65_HS1-834228961_62-HQ-83894_Section_6
Agency: FBI
Page 115
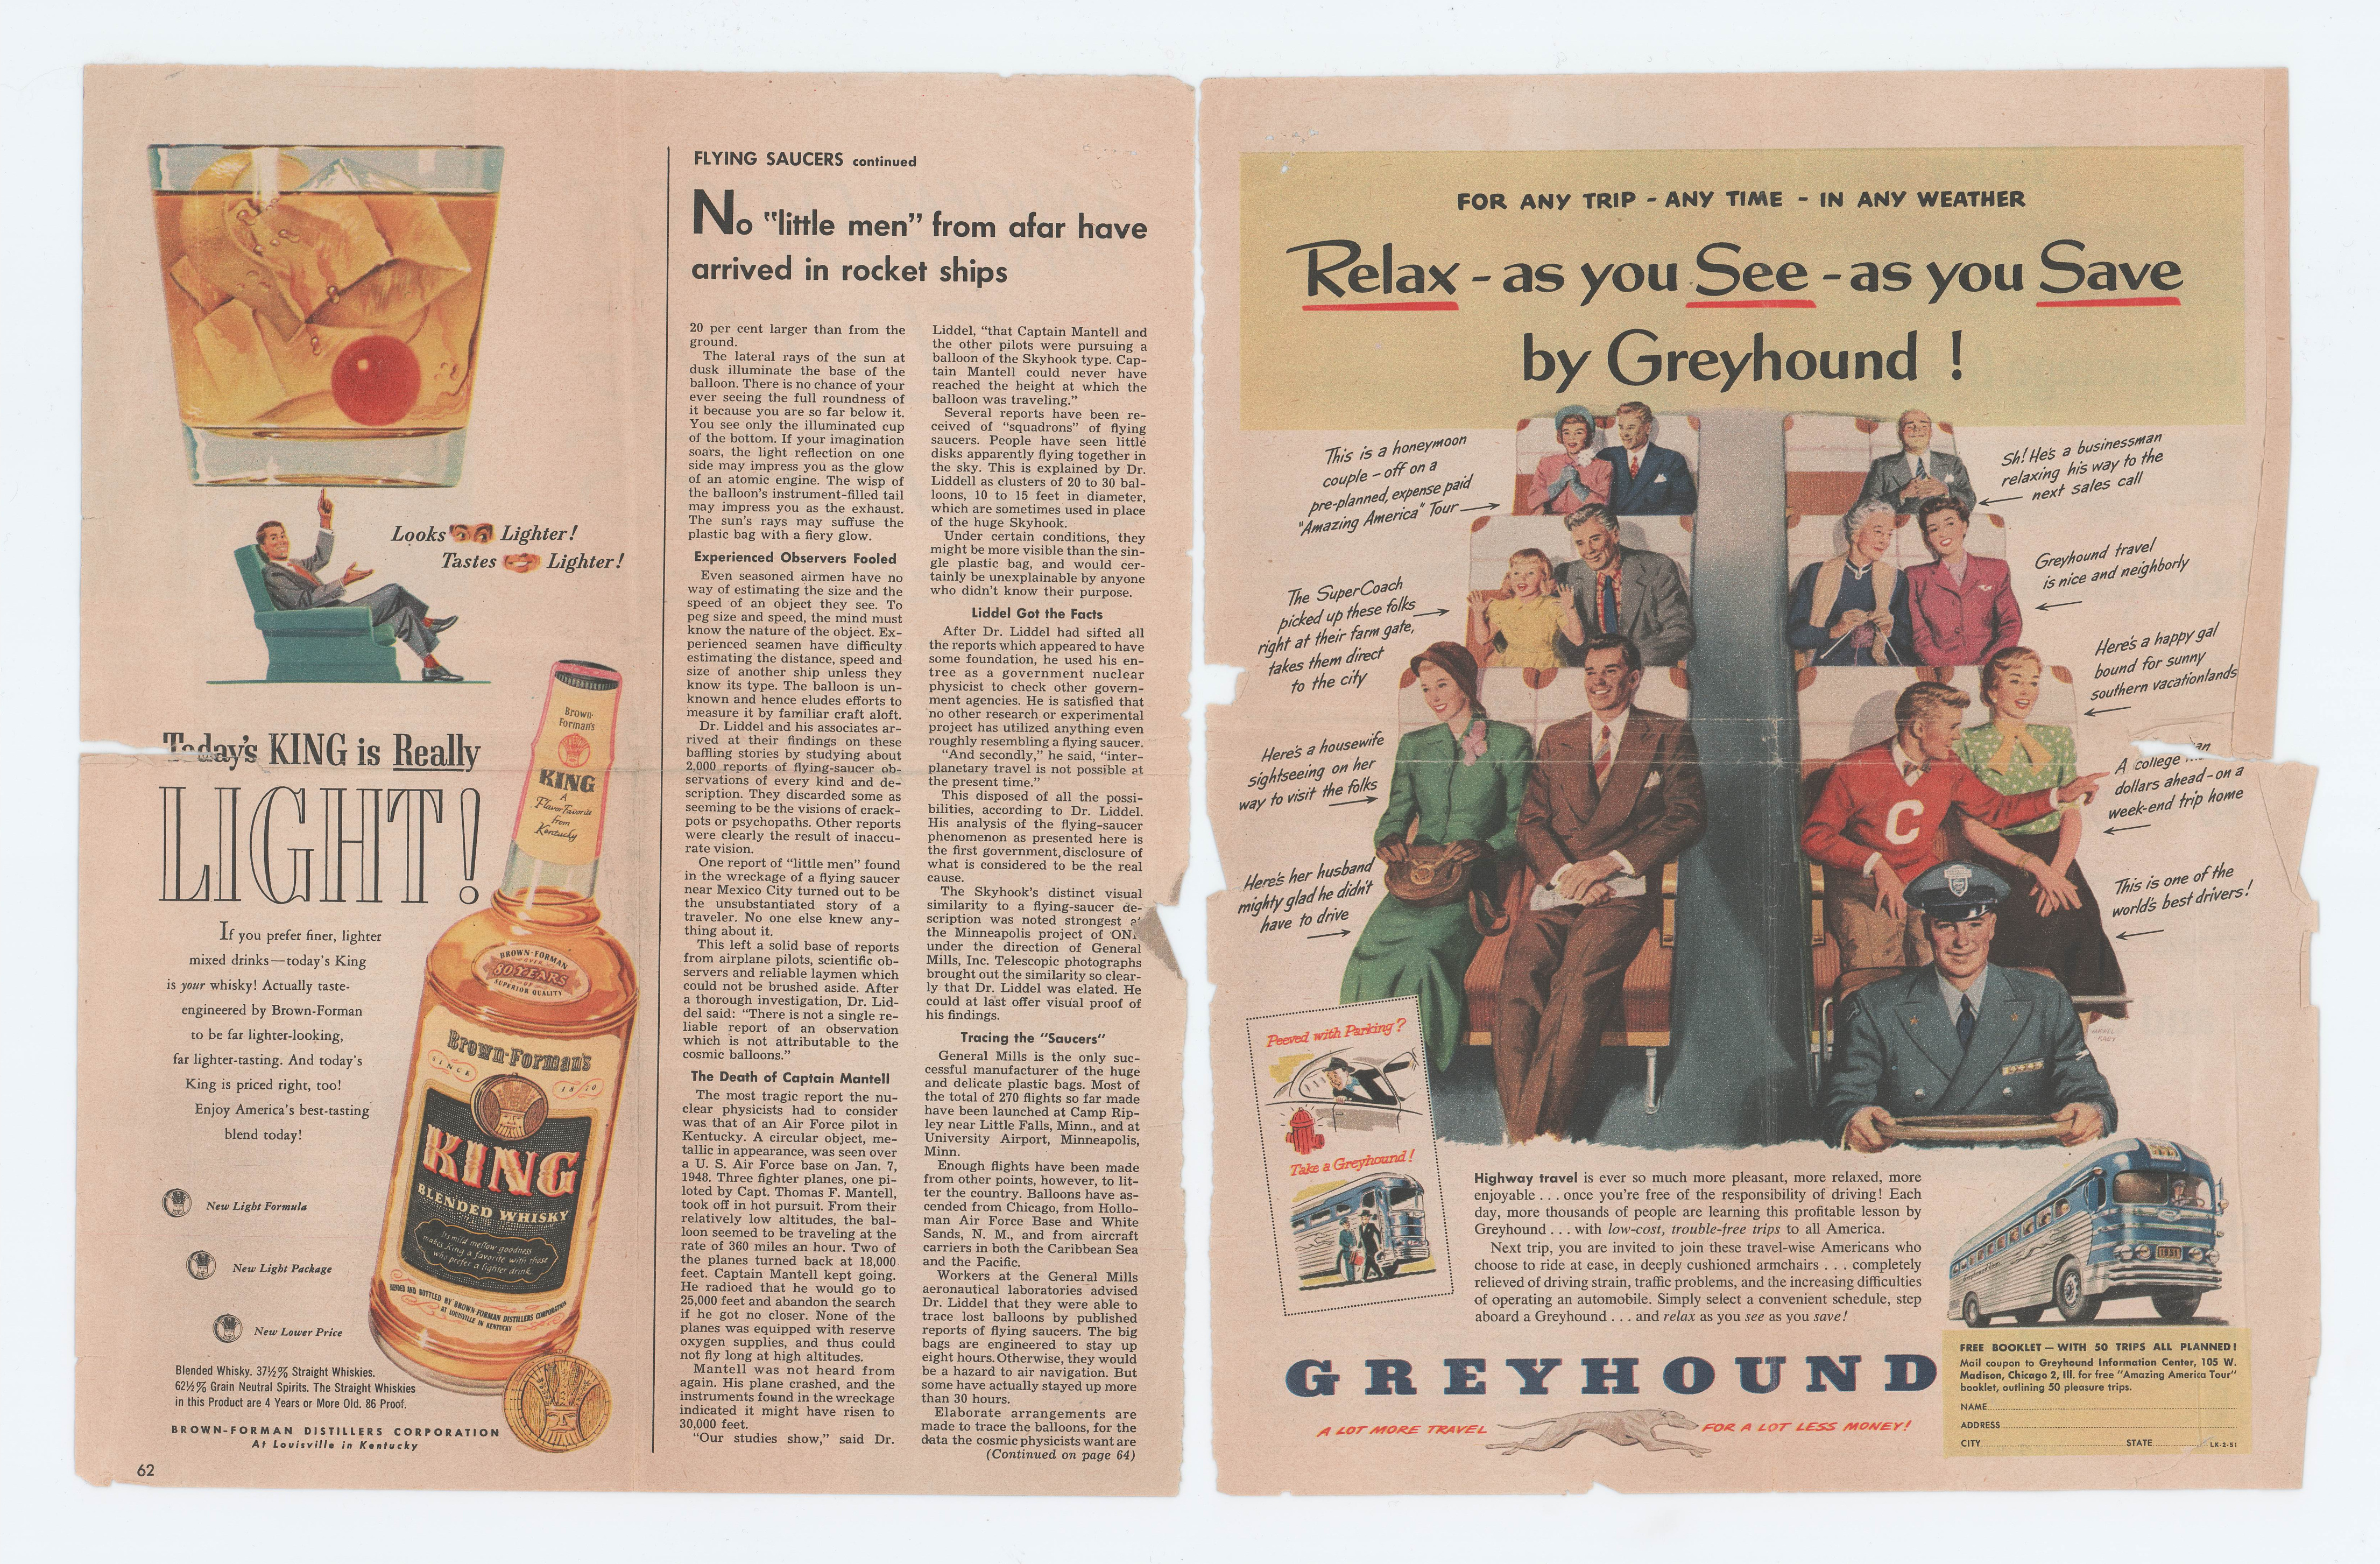